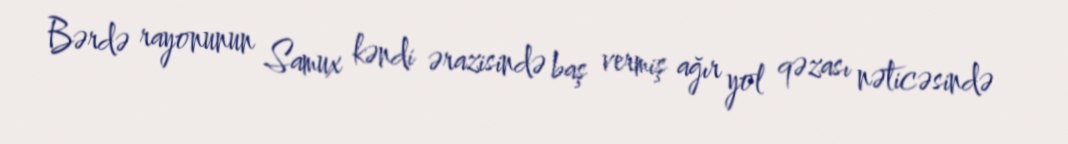
Bərdə rayonunun Samux kəndi ərazisində baş vermiş ağır yol qəzası nəticəsində